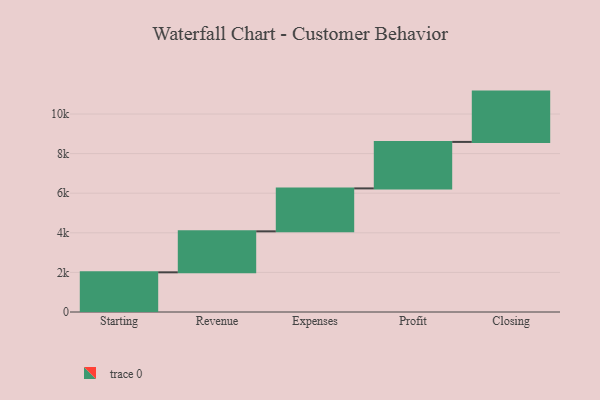
{"axis": {"x": "Step", "y": "Value"}, "legend": [""], "data": [{"x": "Starting", "y": 2004.0, "type": ""}, {"x": "Revenue", "y": 2070.0, "type": ""}, {"x": "Expenses", "y": 2168.0, "type": ""}, {"x": "Profit", "y": 2348.0, "type": ""}, {"x": "Closing", "y": 2541.0, "type": ""}]}